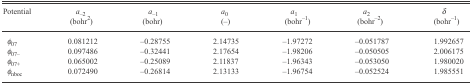
<table><thead><tr><td><b>Potential</b></td><td><b><i>a</i><sub>−2</sub> (bohr<sup>2</sup>)</b></td><td><b><i>a</i><sub>−1</sub> (bohr)</b></td><td><b><i>a</i><sub>0</sub> (−)</b></td><td><b><i>a</i><sub>1</sub> (bohr<sup>−1</sup>)</b></td><td><b><i>a</i><sub>2</sub> (bohr<sup>−2</sup>)</b></td><td><b><i>δ</i> (bohr<sup>−1</sup>)</b></td></tr></thead><tbody><tr><td><i>φ</i><sub>07</sub></td><td>0.081212</td><td>−0.28755</td><td>2.14735</td><td>−1.97272</td><td>−0.051787</td><td>1.992657</td></tr><tr><td><i>φ</i><sub>07−</sub></td><td>0.097486</td><td>−0.32441</td><td>2.17654</td><td>−1.98206</td><td>−0.050505</td><td>2.006175</td></tr><tr><td><i>φ</i><sub>07+</sub></td><td>0.065002</td><td>−0.25089</td><td>2.11837</td><td>−1.96343</td><td>−0.053050</td><td>1.980020</td></tr><tr><td><i>φ</i><sub>nboc</sub></td><td>0.072490</td><td>−0.26814</td><td>2.13133</td><td>−1.96754</td><td>−0.052524</td><td>1.985551</td></tr></tbody></table>